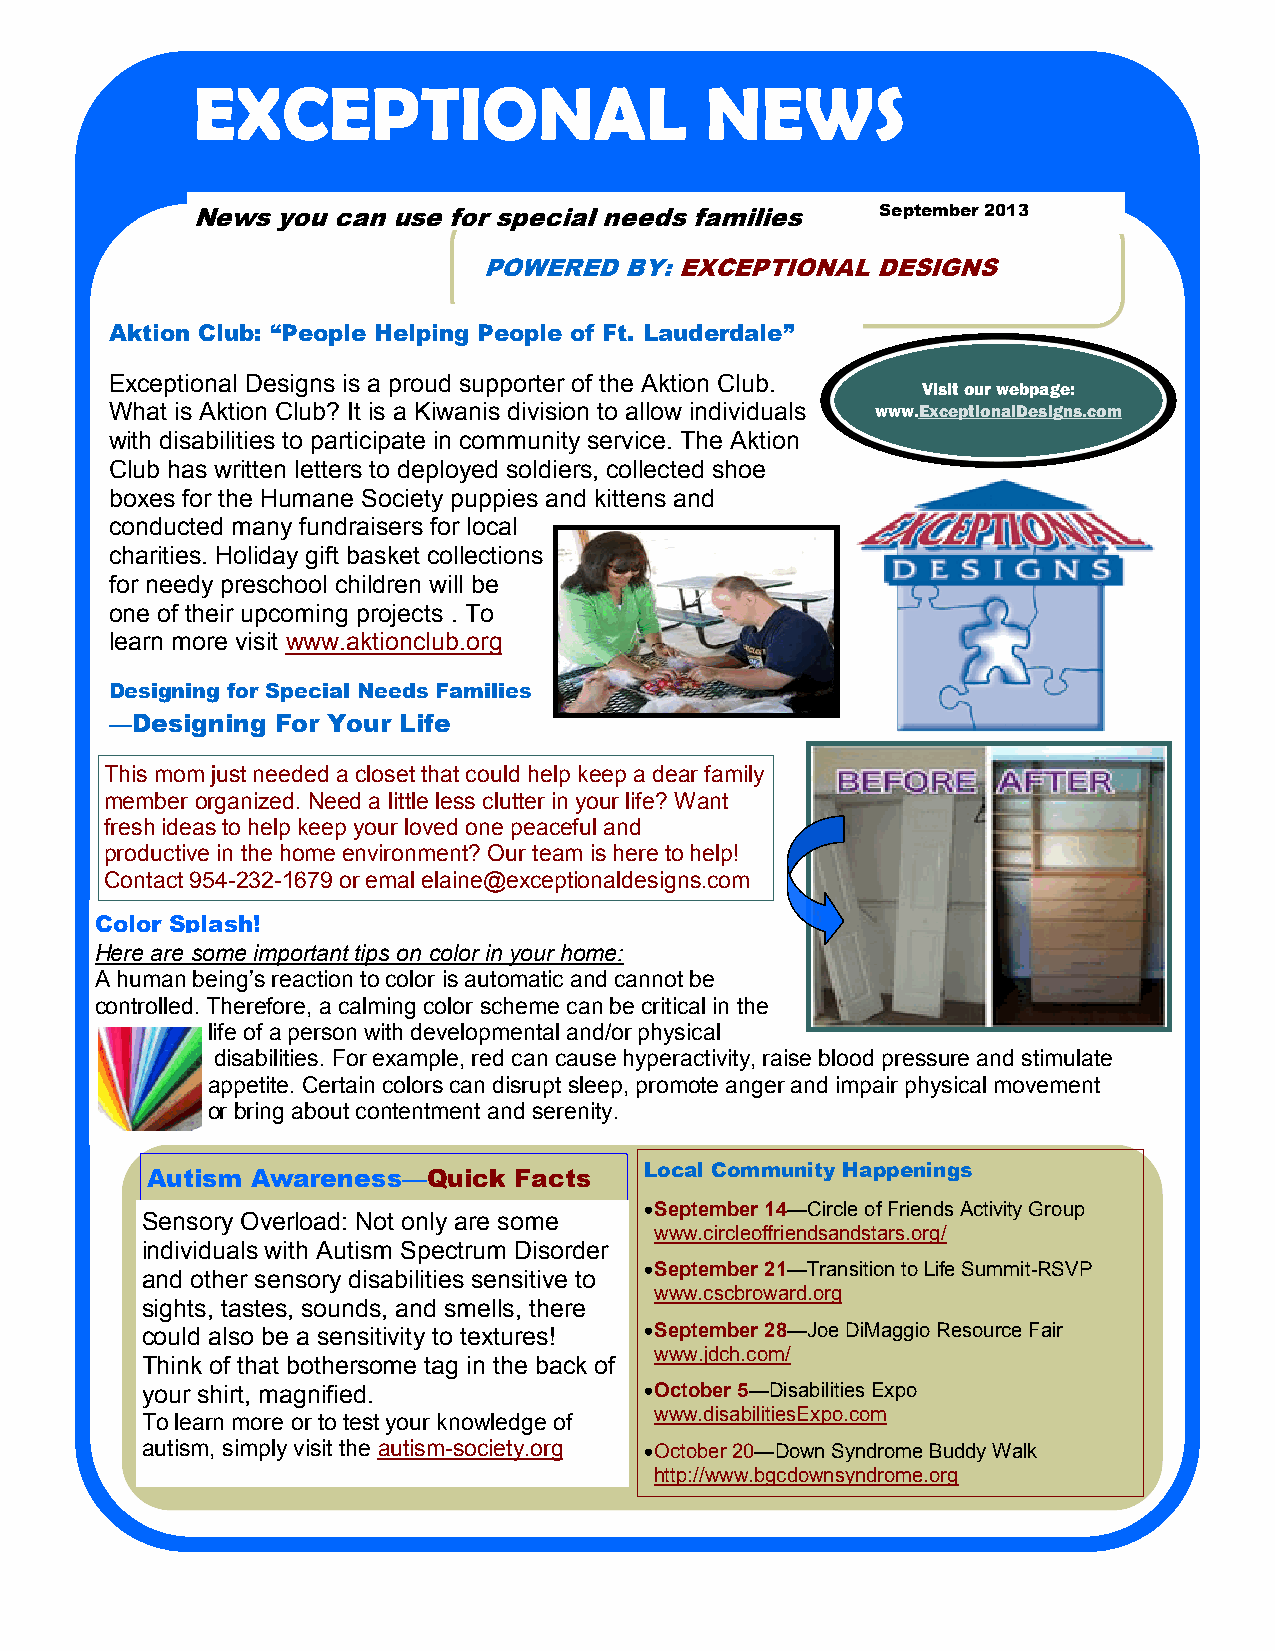
EXCEPTIONAL                       NEWS
 News you can use for special needs families  September 2013
 POWERED  BY: EXCEPTIONAL  DESIGNS
 Aktion Club: “People Helping People of Ft. Lauderdale”
 Exceptional Designs is a proud supporter of the Aktion Club.
 Visit our webpage:
 What is Aktion Club? It is a Kiwanis division to allow individuals www.ExceptionalDesigns.com
 with disabilities to participate in community service. The Aktion
 Club has written letters to deployed soldiers, collected shoe
 boxes for the Humane Society puppies and kittens and
 conducted many fundraisers for local
 charities. Holiday gift basket collections
 for needy preschool children will be
 one of their upcoming projects . To
 learn more visit www.aktionclub.org
 Designing for Special Needs Families
 —Designing For Your Life
 This mom just needed a closet that could help keep a dear family
 ..
 member organized. Need a little less clutter in your life? Want
 fresh ideas to help keep your loved one peaceful and
 productive in the home environment? Our team is here to help!
 Contact 954-232-1679 or emal elaine@exceptionaldesigns.com
 Color Splash!
 Here are some important tips on color in your home:
 A human being’s reaction to color is automatic and cannot be
 controlled. Therefore, a calming color scheme can be critical in the
 life of a person with developmental and/or physical
 disabilities. For example, red can cause hyperactivity, raise blood pressure and stimulate
 appetite. Certain colors can disrupt sleep, promote anger and impair physical movement
 or bring about contentment and serenity.
 Local Community Happenings
 Autism Awareness—Quick  Facts
  September 14—Circle of Friends Activity Group
 Sensory Overload: Not only are some
 www.circleoffriendsandstars.org/
 individuals with Autism Spectrum Disorder
  September 21—Transition to Life Summit-RSVP
 and other sensory disabilities sensitive to
 www.cscbroward.org
 sights, tastes, sounds, and smells, there
 could also be a sensitivity to textures!  September 28—Joe DiMaggio Resource Fair
 www.jdch.com/
 Think of that bothersome tag in the back of
 your shirt, magnified.             October 5—Disabilities Expo
 To learn more or to test your knowledge of www.disabilitiesExpo.com
 autism, simply visit the autism-society.org  October 20—Down Syndrome Buddy Walk
 http://www.bgcdownsyndrome.org